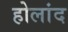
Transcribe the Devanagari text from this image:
होलांद